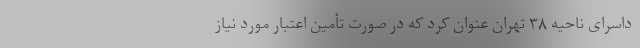
داسرای ناحیه ۳۸ تهران عنوان کرد که در صورت تأمین اعتبار مورد نیاز